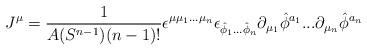
LaTeX: \begin{align*}J^\mu =\frac{1}{A(S^{n-1})(n-1)!}\epsilon^{\mu \mu_1 ...\mu_n}\epsilon_{\hat{\phi}_1 ... \hat{\phi}_n} \partial_{\mu_1}\hat{\phi}^{a_1}...\partial_{\mu_n}\hat{\phi}^{a_n}\end{align*}